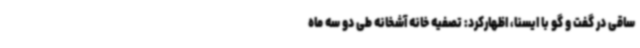
ساقی در گفت و گو با ایسنا، اظهارکرد: تصفیه خانه آشخانه طی دو سه ماه